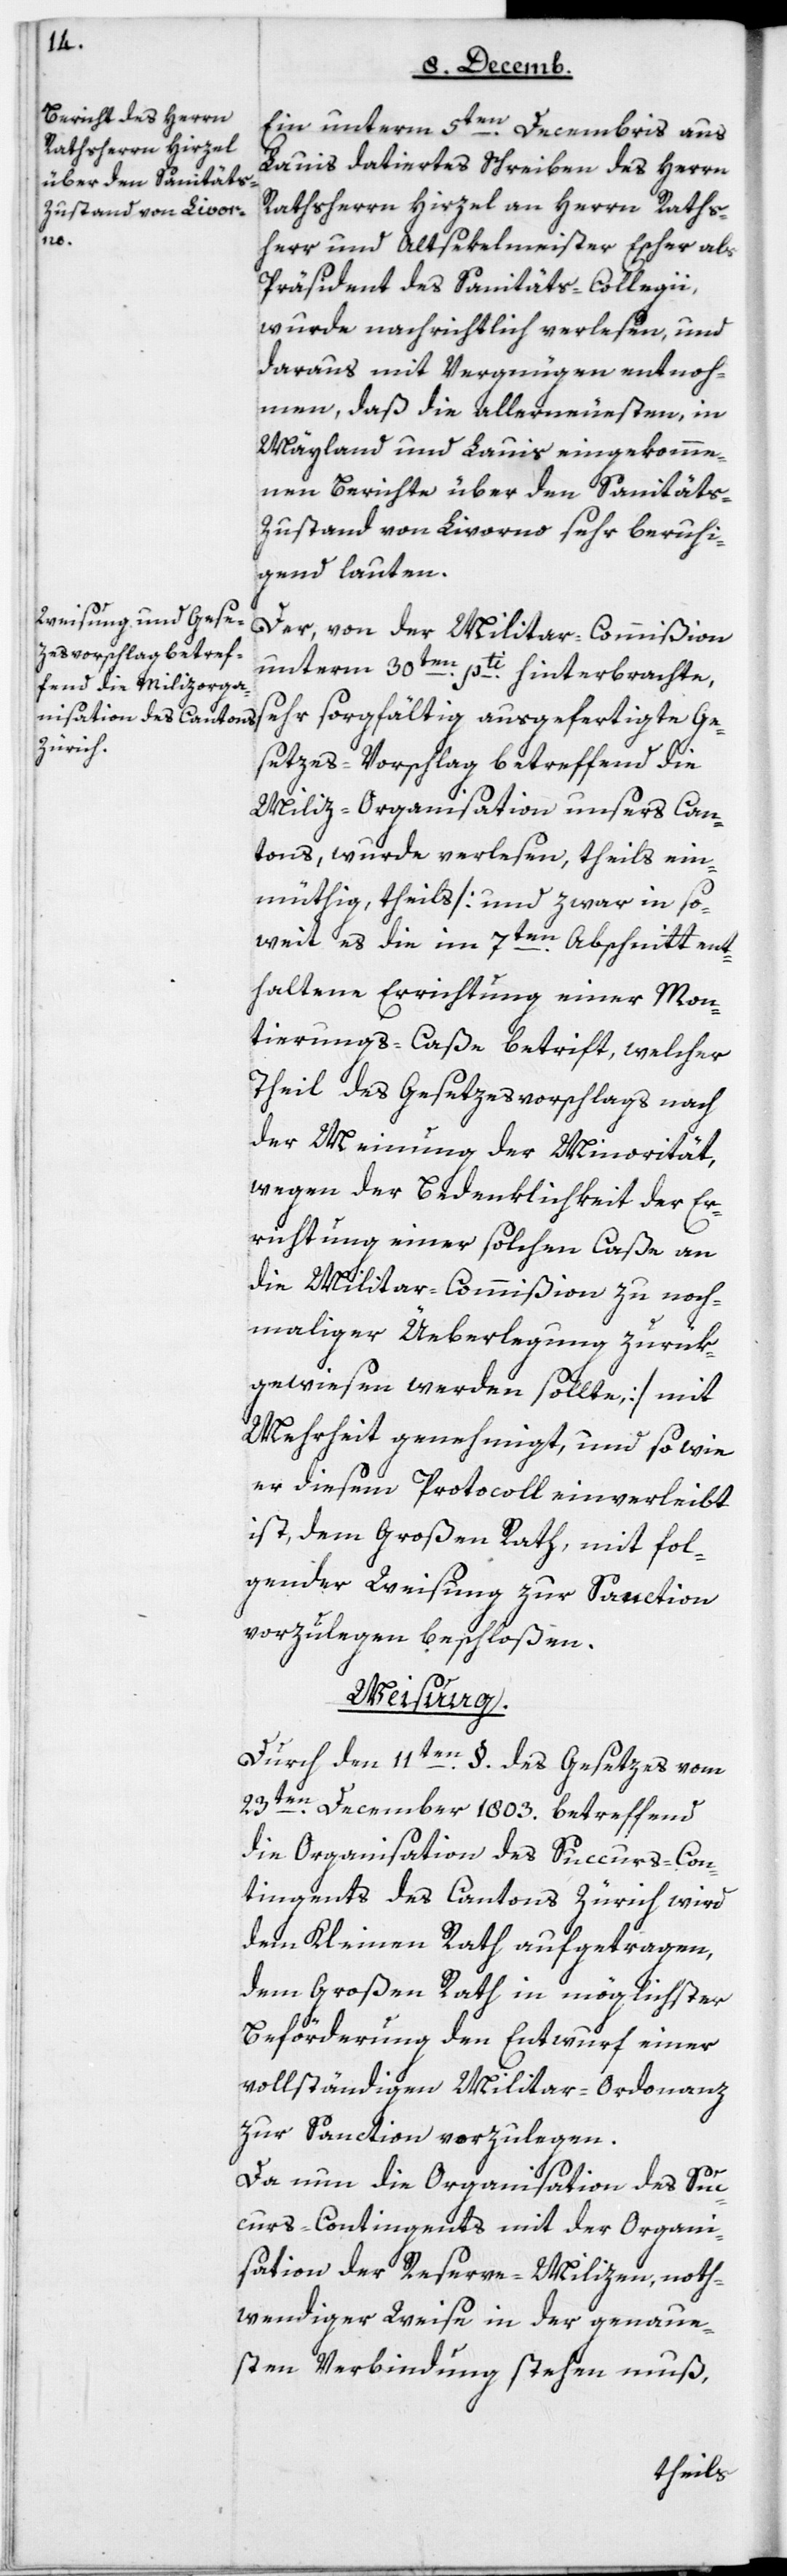
Ein unterm 5ten Decembris aus
Lauis datiertes Schreiben des Herrn
Rathsherrn Hirzel an Herrn Raths¬
herr und Altsekelmeister Escher als
Präsident des Sanitäts-Collegii,
wurde nachrichtlich verlesen, und
daraus mit Vergnügen entnoh¬
men, daß die allerneusten, in
Mayland und Lauis eingekomme¬
nen Berichte über den Sanitäts-Z¬
ustand von Livorno sehr beruhi¬
gend lauten.
Der, von der Militarcommißion
unterm 30ten pti hinterbrachte,
sehr sorgfältig ausgefertigte Ge¬
setzes-Vorschlag betreffend die
Miliz-Organisation unsers Can¬
tons, wurde verlesen, theils ein¬
müthig, theils [und zwar in so¬
weit es die im 7ten Abschnitt ent¬
haltene Errichtung einer Mon¬
tierungs-Caße betrifft, welcher
Theil des Gesetzesvorschlags nach
der Meynung der Minorität,
wegen der Bedenklichkeit der Er¬
richtung einer solchen Caße an
die Militarcommißion zu noch¬
maliger Überlegung zurük¬
gewiesen werden sollte] mit
Mehrheit genehmigt, und so wie
er diesem Protocoll einverleibt
ist, dem Großen Rat, mit fol¬
gender Weisung zur Sanction
vorzulegen beschloßen.
Weisung.
Durch den 11ten § des Gesetzes vom
23ten December 1803, betreffend
die Organisation des Succurs-Con¬
tingents des Cantons Zürich, wird
dem Kleinen Rath aufgetragen,
dem Großen Rath in möglichster
Beförderung den Entwurf einer
vollständigen Militar-Ordonnanz
zur Sanction vorzulegen.
Da nun die Organisation des Suc¬
curs-Contingents mit der Organi¬
sation der Reserve-Milizen, noth¬
wendigerweise in der genaue¬
sten Verbindung stehen muß,